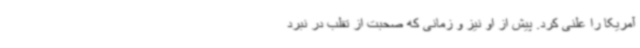
آمریکا را علنی کرد. پیش از او نیز و زمانی که صحبت از تقلب در نبرد